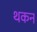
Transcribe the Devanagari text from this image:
थकन